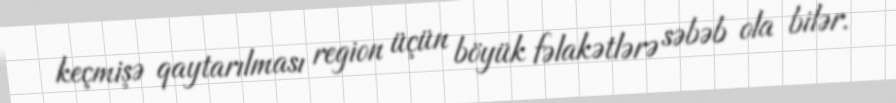
keçmişə qaytarılması region üçün böyük fəlakətlərə səbəb ola bilər.